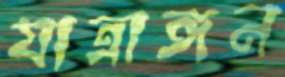
যাত্রাঙ্গন